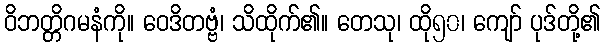
ဝိဘတ္တိဂမနံကို။ ဝေဒိတဗ္ဗံ၊ သိထိုက်၏။ တေသု၊ ထို၅၀၊ ကျော် ပုဒ်တို့၏